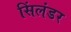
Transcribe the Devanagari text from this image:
सिंलंडर